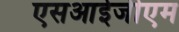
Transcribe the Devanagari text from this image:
एसआईजीएम